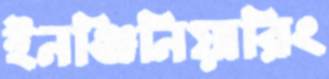
ইনঞ্জিনিয়ারিং